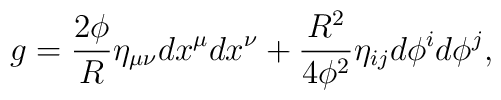
g=\frac{2\phi}{R} \eta_{\mu\nu} dx^\mu dx^\nu+\frac{R^2}{4\phi^2}\eta_{ij} d\phi^i d\phi^j,